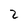
Character: 2